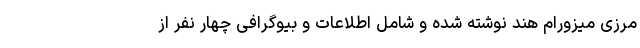
مرزی میزورام هند نوشته شده و شامل اطلاعات و بیوگرافی چهار نفر از